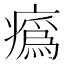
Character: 𤺉